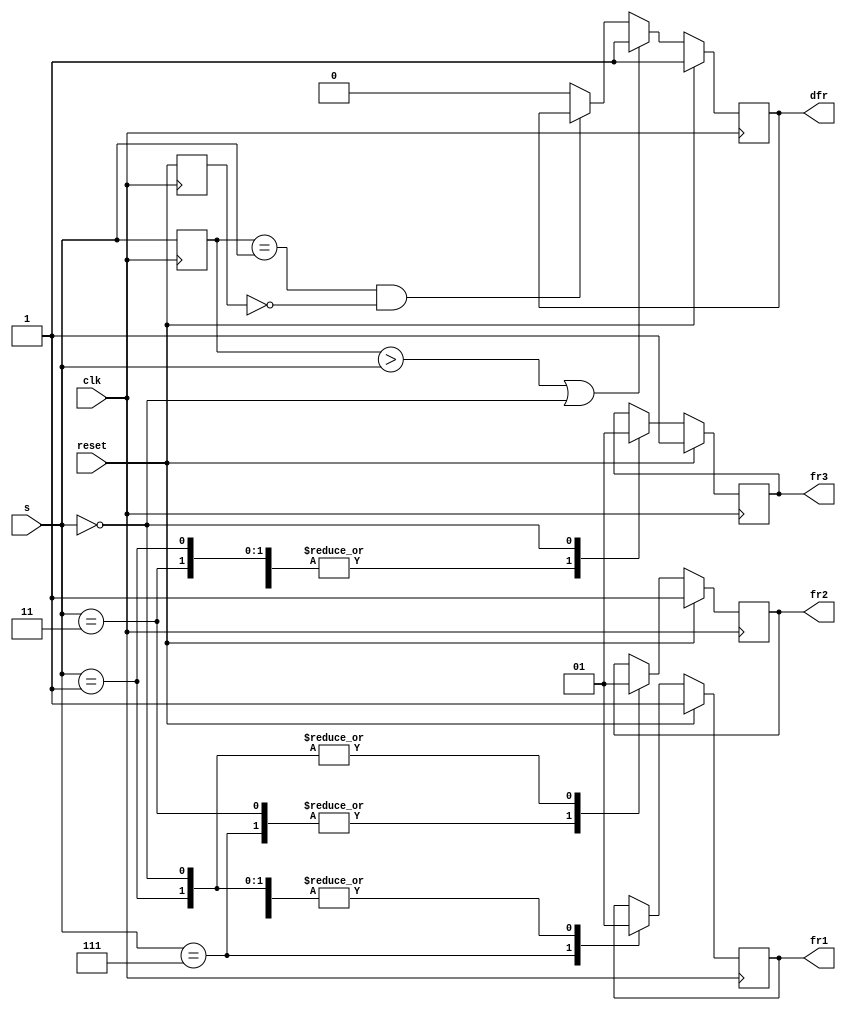
module top_module (
    input clk,
    input reset,
    input [3:1] s,
    output fr3,
    output fr2,
    output fr1,
    output dfr
);
    reg [3:1] olds = 0;
    reg oldr = 0;
    always @(posedge clk) begin
        olds <= s;
        oldr <= reset;
            
        if (reset)
            {dfr, fr3, fr2, fr1} <= 'b1111;
        else begin
            if (olds > s || s == 0)
                dfr <= 1;
            else if (olds == s && ~oldr)
                dfr <= dfr;
            else
                dfr <= 0;
            case (s)
                3'b111: {fr3, fr2, fr1} <= 'b0;
                3'b011: {fr3, fr2, fr1} <= 'b1;
                3'b001: {fr3, fr2, fr1} <= 'b11;
                3'b000: {fr3, fr2, fr1} <= 'b111;
            endcase
        end
        
        
    end
endmodule